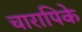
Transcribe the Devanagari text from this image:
चारापिके